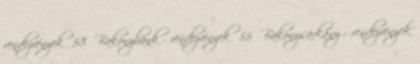
rendezvények 58 Bakonybánk - rendezvények 55 Bakonysárkány - rendezvények